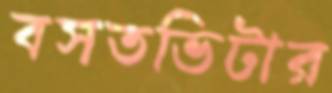
বসতভিটার